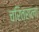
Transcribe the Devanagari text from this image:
चरित्राला